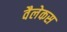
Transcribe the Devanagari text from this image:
वैलेकस